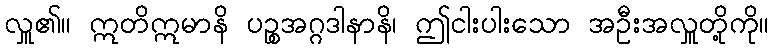
လှူ၏။ ဣတိဣမာနိ ပဉ္စအဂ္ဂဒါနာနိ၊ ဤငါးပါးသော အဦးအလှူတို့ကို။